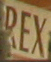
REX